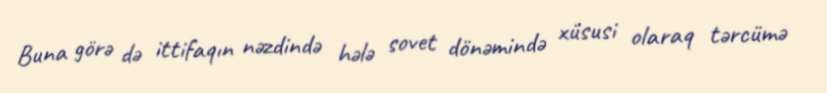
Buna görə də ittifaqın nəzdində hələ sovet dönəmində xüsusi olaraq tərcümə